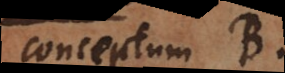
conceptum B.